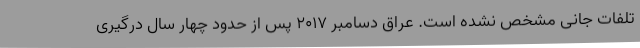
تلفات جانی مشخص نشده است. عراق دسامبر ۲۰۱۷ پس از حدود چهار سال درگیری